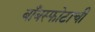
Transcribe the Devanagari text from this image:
बाँबस्फोटाची